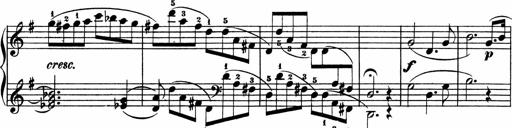
Title: 3 Sonatinen
Composer: Heinrich Lichner